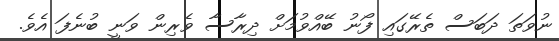
ނުވަތަ ދަބަސް ތެރޭގައި ފޯނު ބޭއްވުމަށް ދިރާސާ ވެރިން ވަނީ ބުނެފަ އެވެ.